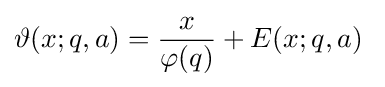
\vartheta (x;q,a)={\frac {x}{\varphi (q)}}+E(x;q,a)\